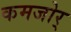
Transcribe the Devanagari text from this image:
कमजोर्